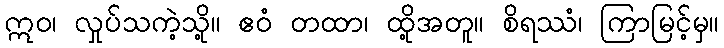
ဣဝ၊ လှုပ်သကဲ့သို့။ ဧဝံ တထာ၊ ထို့အတူ။ စိရဿံ၊ ကြာမြင့်မှ။